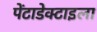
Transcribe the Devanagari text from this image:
पेंटाडेक्टाइला